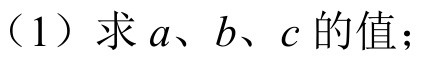
（1）求\(a\)、\(b\)、\(c\)的值；